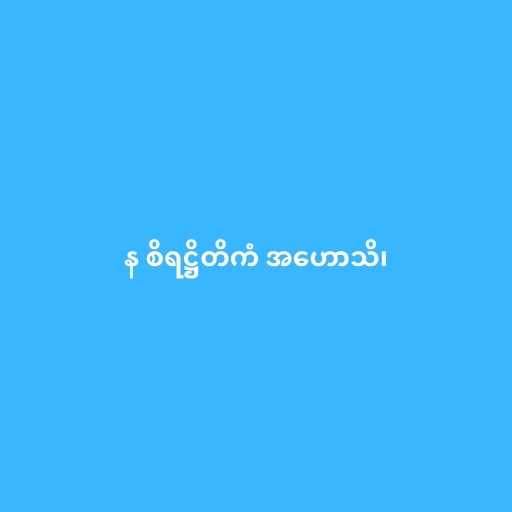
န စိရဋ္ဌိတိကံ အဟောသိ၊